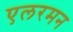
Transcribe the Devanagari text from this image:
एलरमन